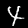
Label: 4